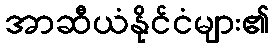
အာဆီယံနိုင်ငံများ၏